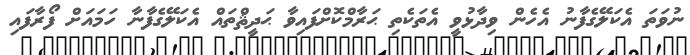
ނުވަތަ އެކަލޭގެފާނު އެހެން ވިދާޅުވީ އެތަކެތި ޙަރާމްކޮށްފައިވާ ޙަދީޘްތައް އެކަލޭގެފާނާ ހަމައަށް ފޯރާފައި